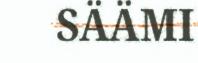
SÄÄMI